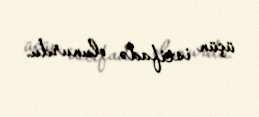
üçün istifadə olunurdu.